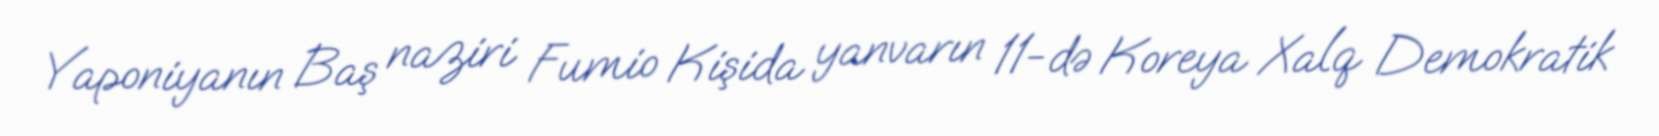
Yaponiyanın Baş naziri Fumio Kişida yanvarın 11-də Koreya Xalq Demokratik